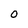
Character: 0